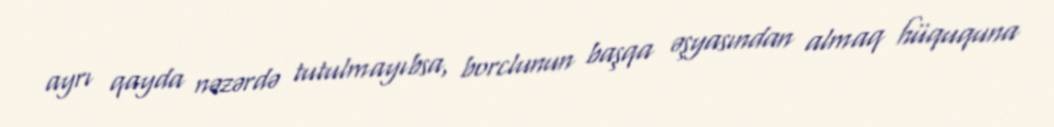
ayrı qayda nəzərdə tutulmayıbsa, borclunun başqa əşyasından almaq hüququna